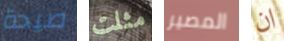
صيحة مثلت المصير ان